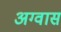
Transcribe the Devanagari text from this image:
अग्वास